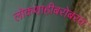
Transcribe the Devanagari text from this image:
लोकशाहीबरोबरच